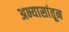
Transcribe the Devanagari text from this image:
अभ्यासांतून